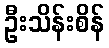
ဦးသိန်းစိန်